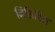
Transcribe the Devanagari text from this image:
निसिबिस